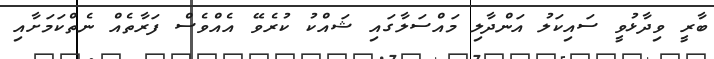
ބާރީ ވިދާޅުވީ ސައިކަލު އަންދާލި މައްސަލާގައި ޝައްކު ކުރެވޭ އެއްވެސް ފަރާތެއް ނެތްކަމަށާއި